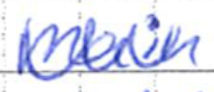
Text: main
Cross-out: zig-zag
Writing tool: ballpoint